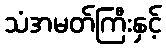
သံအမတ်ကြီးနှင့်